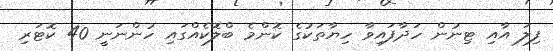
ފިލަ އާއި ޓިނުން ހަދާފައިވާ ހިޔާތަކުގެ ކޮންމެ ބްލޮކެއްގައި ހުންނަނީ 40 ކޮޓަރި